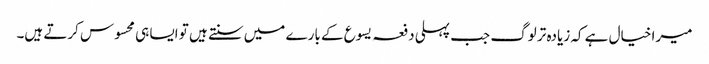
میرا خیال ہے کہ زیادہ تر لوگ جب پہلی دفعہ یسوع کے بارے میں سنتے ہیں تو ایسا ہی محسوس کرتے ہیں۔